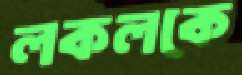
লকলকে